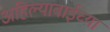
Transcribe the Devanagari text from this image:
अहिल्याबाईच्या